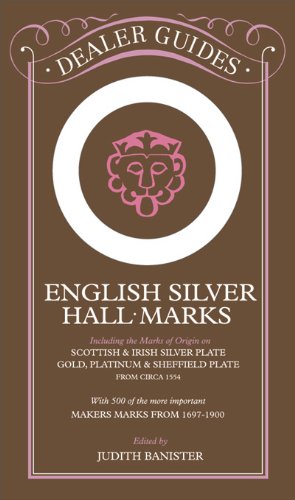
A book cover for English Silver Hall-Marks: Including the Marks of Origin on Scottish & Irish Silver Plate, Gold, Platinum & Sheffield Plate: With 500 of the More Important Makers Marks from 1697-1900 (Dealer Guides); Judith Banister; Crafts, Hobbies & Home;